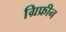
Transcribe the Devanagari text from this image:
ग्रिफ्रीन